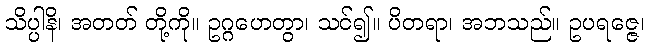
သိပ္ပါနိ၊ အတတ် တို့ကို။ ဥဂ္ဂဟေတွာ၊ သင်၍။ ပိတရာ၊ အဘသည်။ ဥပရဇ္ဇေ၊